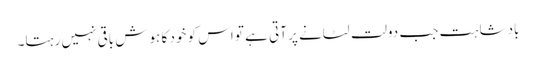
بادشاہت جب دولت لٹانے پر آتی ہے تو اس کو خود کا ہوش باقی نہیں رہتا۔